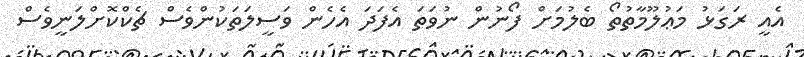
އެއީ ރަގަޅު މަޢުލޫމާތުތޯ ބެލުމަށް ފޯނުން ނުވަތަ އެފަދަ އެހެން ވަސީލަތަކުންވެސް ޗެކްކޮށްލަނީވެސް